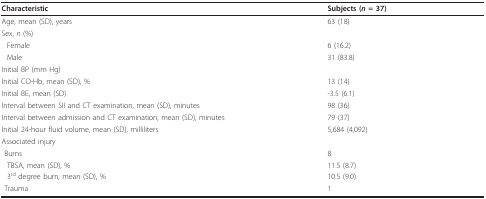
<table><thead><tr><td><b>Characteristic</b></td><td><b>Subjects (<i>n </i>= 37)</b></td></tr></thead><tbody><tr><td>Age, mean (SD), years</td><td>63 (18)</td></tr><tr><td>Sex, <i>n </i>(%)</td><td>[EMPTY_CELL]</td></tr><tr><td>Female</td><td>6 (16.2)</td></tr><tr><td>Male</td><td>31 (83.8)</td></tr><tr><td>Initial BP (mm Hg)</td><td>[EMPTY_CELL]</td></tr><tr><td>Initial CO-Hb, mean (SD), %</td><td>13 (14)</td></tr><tr><td>Initial BE, mean (SD)</td><td>-3.5 (6.1)</td></tr><tr><td>Interval between SII and CT examination, mean (SD), minutes</td><td>98 (36)</td></tr><tr><td>Interval between admission and CT examination, mean (SD), minutes</td><td>79 (37)</td></tr><tr><td>Initial 24-hour fluid volume, mean (SD), milliliters</td><td>5,684 (4,092)</td></tr><tr><td>Associated injury</td><td>[EMPTY_CELL]</td></tr><tr><td> Burns</td><td>8</td></tr><tr><td>TBSA, mean (SD), %</td><td>11.5 (8.7)</td></tr><tr><td>3<sup>rd </sup>degree burn, mean (SD), %</td><td>10.5 (9.0)</td></tr><tr><td> Trauma</td><td>1</td></tr></tbody></table>